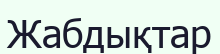
Жабдықтар